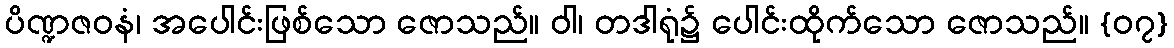
ပိဏ္ဍဇဝနံ၊ အပေါင်းဖြစ်သော ဇောသည်။ ဝါ၊ တဒါရုံ၌ ပေါင်းထိုက်သော ဇောသည်။ {၀၇}